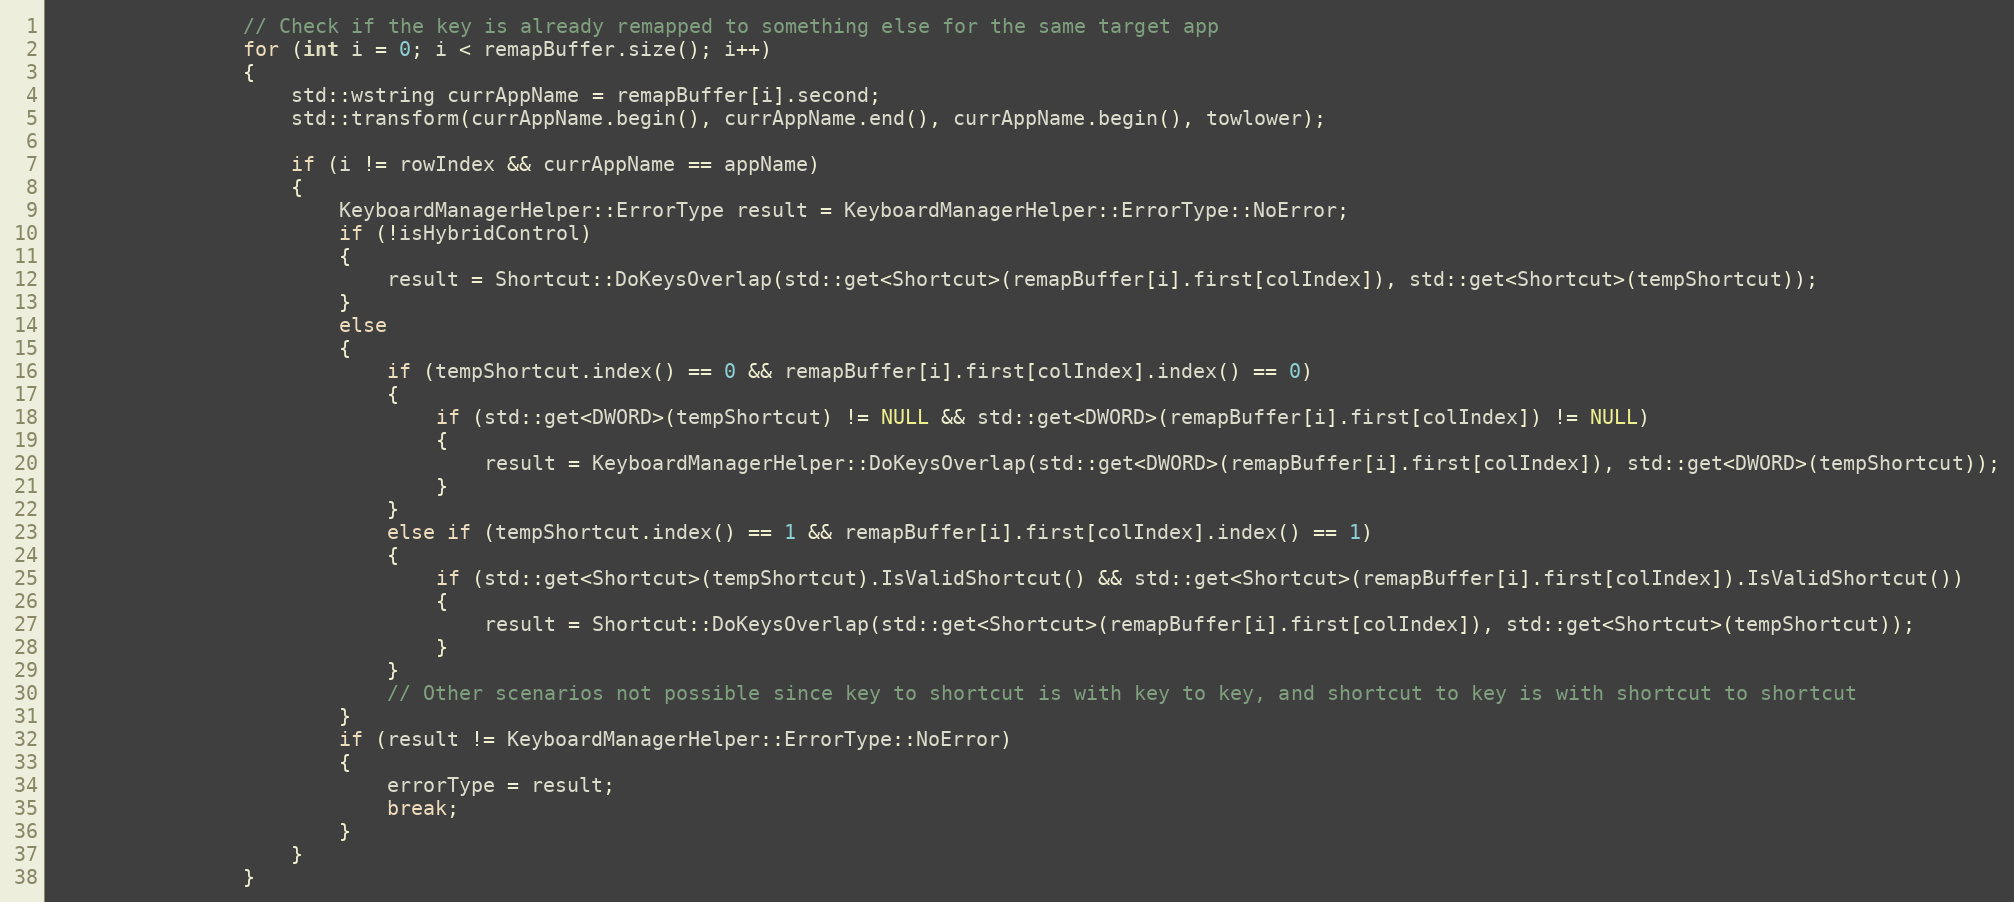
Language: C++
                // Check if the key is already remapped to something else for the same target app
                for (int i = 0; i < remapBuffer.size(); i++)
                {
                    std::wstring currAppName = remapBuffer[i].second;
                    std::transform(currAppName.begin(), currAppName.end(), currAppName.begin(), towlower);

                    if (i != rowIndex && currAppName == appName)
                    {
                        KeyboardManagerHelper::ErrorType result = KeyboardManagerHelper::ErrorType::NoError;
                        if (!isHybridControl)
                        {
                            result = Shortcut::DoKeysOverlap(std::get<Shortcut>(remapBuffer[i].first[colIndex]), std::get<Shortcut>(tempShortcut));
                        }
                        else
                        {
                            if (tempShortcut.index() == 0 && remapBuffer[i].first[colIndex].index() == 0)
                            {
                                if (std::get<DWORD>(tempShortcut) != NULL && std::get<DWORD>(remapBuffer[i].first[colIndex]) != NULL)
                                {
                                    result = KeyboardManagerHelper::DoKeysOverlap(std::get<DWORD>(remapBuffer[i].first[colIndex]), std::get<DWORD>(tempShortcut));
                                }
                            }
                            else if (tempShortcut.index() == 1 && remapBuffer[i].first[colIndex].index() == 1)
                            {
                                if (std::get<Shortcut>(tempShortcut).IsValidShortcut() && std::get<Shortcut>(remapBuffer[i].first[colIndex]).IsValidShortcut())
                                {
                                    result = Shortcut::DoKeysOverlap(std::get<Shortcut>(remapBuffer[i].first[colIndex]), std::get<Shortcut>(tempShortcut));
                                }
                            }
                            // Other scenarios not possible since key to shortcut is with key to key, and shortcut to key is with shortcut to shortcut
                        }
                        if (result != KeyboardManagerHelper::ErrorType::NoError)
                        {
                            errorType = result;
                            break;
                        }
                    }
                }